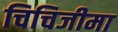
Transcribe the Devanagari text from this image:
चिचिजीमा